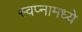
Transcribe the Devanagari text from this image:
स्वप्नामध्ये